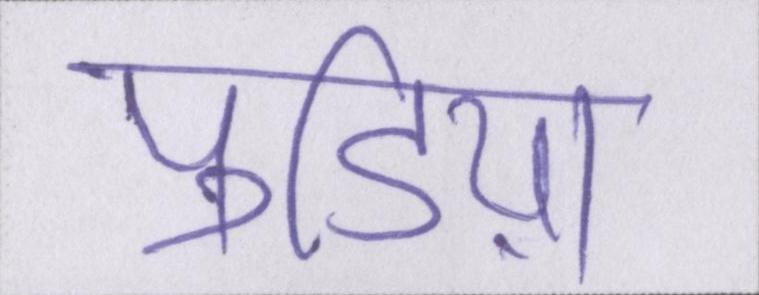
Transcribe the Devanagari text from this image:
पुडिय़ा